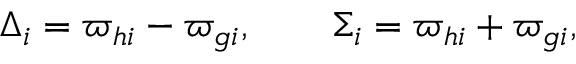
\Delta _ { i } = \varpi _ { h i } - \varpi _ { g i } , \qquad \Sigma _ { i } = \varpi _ { h i } + \varpi _ { g i } ,